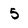
Character: 5